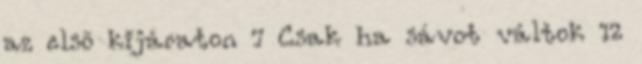
az elsõ kijáraton 7 Csak ha sávot váltok 12